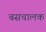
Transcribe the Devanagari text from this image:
बसचालक